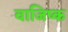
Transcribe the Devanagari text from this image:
वाजिष्क